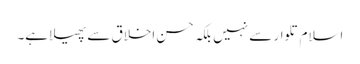
اسلام تلوار سے نہیں بلکہ حسن اخلاق سے پھیلا ہے۔